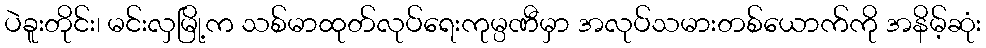
ပဲခူးတိုင်း၊ မင်းလှမြို့က သစ်မာထုတ်လုပ်ရေးကုမ္ပဏီမှာ အလုပ်သမားတစ်ယောက်ကို အနိမ့်ဆုံး